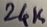
Text: 24K